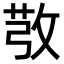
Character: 𢽔